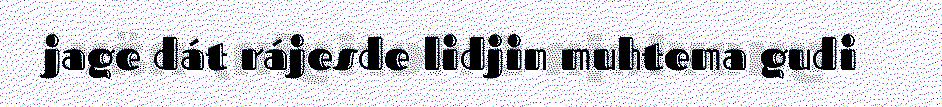
jage dát rájesde lidjin muhtema gudi